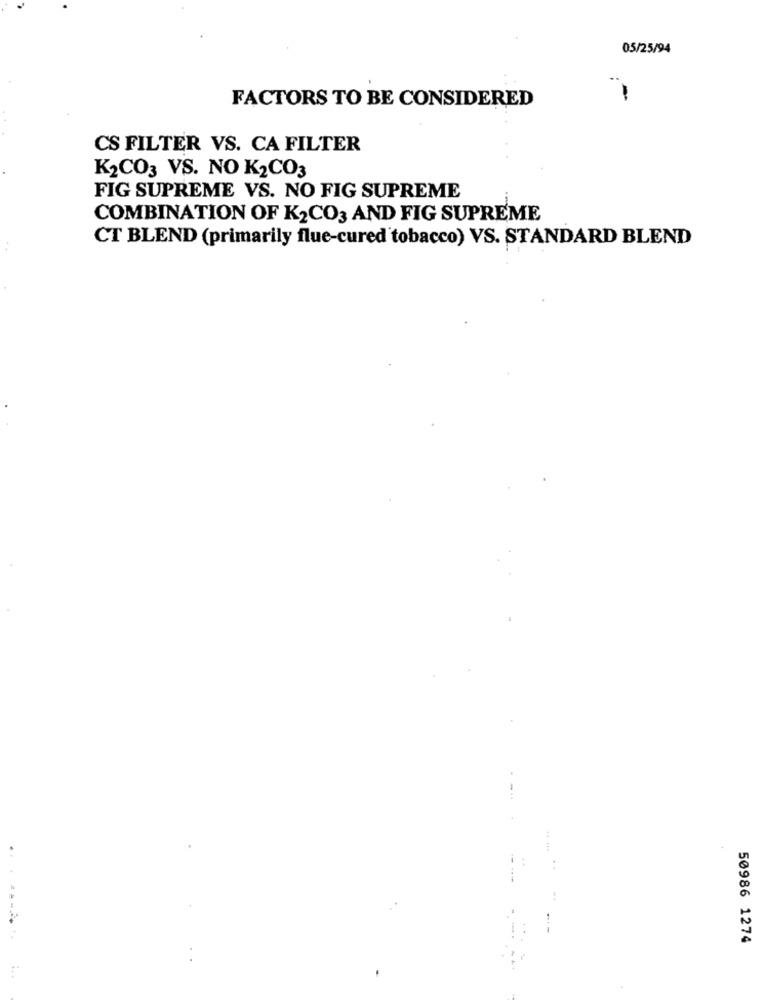
05/25/94
FACTORS TO BE CONSIDERED
CS FILTER VS. CA FILTER
K2CO3 VS. NO K2CO3
FIG SUPREME VS. NO FIG SUPREME
COMBINATION OF K2CO3 AND FIG SUPREME
CT BLEND (primarily flue-cured tobacco) VS. STANDARD BLEND
..
50986 1274